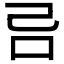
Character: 𠮯